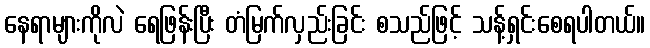
နေရာများကိုလဲ ရေဖြန်းပြီး တံမြက်လှည်းခြင်း စသည်ဖြင့် သန့်ရှင်းစေရပါတယ်။